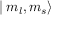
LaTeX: \mid m _ { l } , m _ { s } \rangle